Annual administration report of the Civil Veterinary Department of India - 1896-1897
Year: 1896
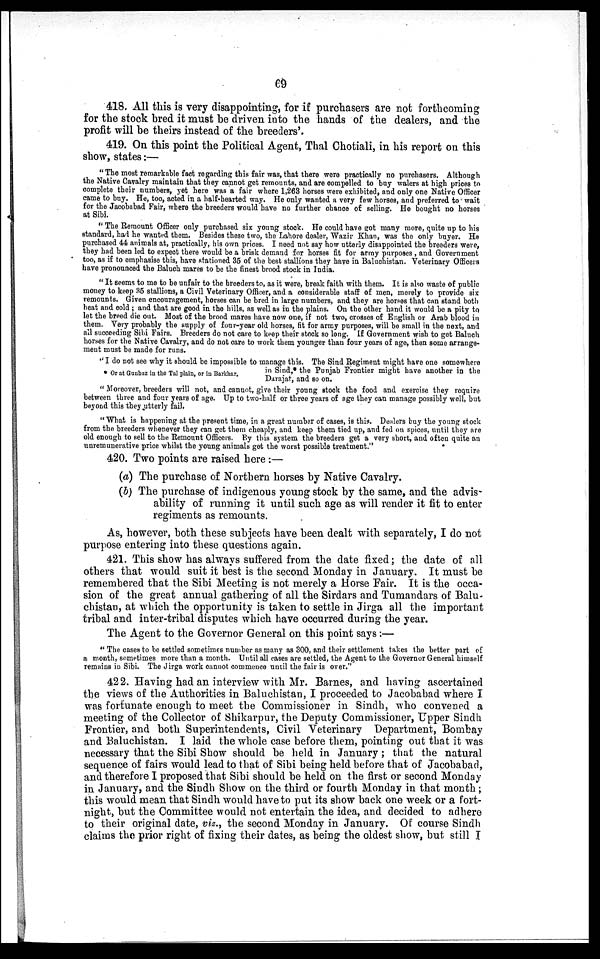
69
418. All this is very disappointing, for if purchasers are not forthcoming
for the stock bred it must be driven into the hands of the dealers, and the
profit will be theirs instead of the breeders'.
419. On this point the Political Agent, Thal Chotiali, in his report on this
show, states:—
"The most remarkable fact regarding this fair was, that there were practically no purchasers. Although
the Native Cavalry maintain that they cannot get remounts, and are compelled to buy walers at high prices to
complete their numbers, yet here was a fair where 1,263 horses were exhibited, and only one Native Officer
came to buy. He, too, acted in a half-hearted way. He only wanted a very few horses, and preferred to wait
for the Jacobabad Fair, where the breeders would have no further chance of selling. He bought no horses
at Sibi.
"The Remount Officer only purchased six young stock. He could have got many more, quite up to his
standard, had he wanted them. Besides these two, the Lahore dealer, Wazir Khan, was the only buyer. He
purchased 44 animals at, practically, his own prices. I need not say how utterly disappointed the breeders were,
they had been led to expect there would be a brisk demand for horses fit for army purposes , and Government
too, as if to emphasise this, have stationed 35 of the best stallions they have in Baluchistan. Veterinary Officers
have pronounced the Baluch mares to be the finest brood stock in India.
"It seems to me to be unfair to the breeders to, as it were, break faith with them. It is also waste of public
money to keep 35 stallions, a Civil Veterinary Officer, and a considerable staff of men, merely to provide six
remounts. Given encouragement, horses can be bred in large numbers, and they are horses that can stand both
heat and cold; and that are good in the hills, as well as in the plains. On the other hand it would be a pity to
let the breed die out. Most of the brood mares have now one, if not two, crosses of English or Arab blood in
them. Very probably the supply of four-year old horses, fit for army purposes, will be small in the next, and
all succeeding Sibi Fairs. Breeders do not care to keep their stock so long. If Government wish to get Baluch
horses for the Native Cavalry, and do not care to work them younger than four years of age, then some arrange-
ment must be made for runs.
* Or at Gunbaz in the Tal plain, or in Barkhar.
"I do not see why it should be impossible to manage this. The Sind Regiment might have one somewhere
in Sind,* the Punjab Frontier might have another in the
Darajat, and so on.
"Moreover, breeders will not, and cannot, give their young stock the food and exercise they require
between three and four years of age. Up to two-half or three years of age they can manage possibly well, but
beyond this they utterly fail.
"What is happening at the present time, in a great number of cases, is this. Dealers buy the young stock
from the breeders whenever they can get them cheaply, and keep them tied up, and fed on spices, until they are
old enough to sell to the Remount Officers. By this system the breeders get a very short, and often quite an
unremunerative price whilst the young animals got the worst possible treatment."
420. Two points are raised here:—
(a) The purchase of Northern horses by Native Cavalry.
(b) The purchase of indigenous young stock by the same, and the advis-
ability of running it until such age as will render it fit to enter
regiments as remounts.
As, however, both these subjects have been dealt with separately, I do not
purpose entering into these questions again.
421. This show has always suffered from the date fixed; the date of all
others that would suit it best is the second Monday in January. It must be
remembered that the Sibi Meeting is not merely a Horse Fair. It is the occa-
sion of the great annual gathering of all the Sirdars and Tumandars of Balu-
chistan, at which the opportunity is taken to settle in Jirga all the important
tribal and inter-tribal disputes which have occurred during the year.
The Agent to the Governor General on this point says:—
"The cases to be settled sometimes number as many as 300, and their settlement takes the better part of
a month, sometimes more than a month. Until all cases are settled, the Agent to the Governor General himself
remains in Sibi. The Jirga work cannot commence until the fair is over."
422. Having had an interview with Mr. Barnes, and having ascertained
the views of the Authorities in Baluchistan, I proceeded to Jacobabad where I
was fortunate enough to meet the Commissioner in Sindh, who convened a
meeting of the Collector of Shikarpur, the Deputy Commissioner, Upper Sindh
Frontier, and both Superintendents, Civil Veterinary Department, Bombay
and Baluchistan. I laid the whole case before them, pointing out that it was
necessary that the Sibi Show should be held in January ; that the natural
sequence of fairs would lead to that of Sibi being held before that of Jacobabad,
and therefore I proposed that Sibi should be held on the first or second Monday
in January, and the Sindh Show on the third or fourth Monday in that month;
this would mean that Sindh would have to put its show back one week or a fort-
night, but the Committee would not entertain the idea, and decided to adhere
to their original date, viz., the second Monday in January. Of course Sindh
claims the prior right of fixing their dates, as being the oldest show, but still I